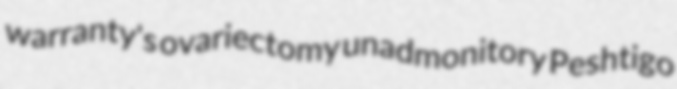
warranty's ovariectomy unadmonitory Peshtigo